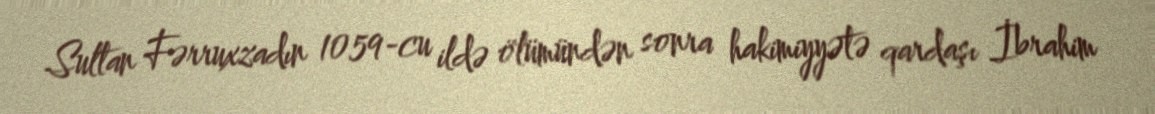
Sultan Fərruxzadın 1059-cu ildə ölümündən sonra hakimiyyətə qardaşı İbrahim